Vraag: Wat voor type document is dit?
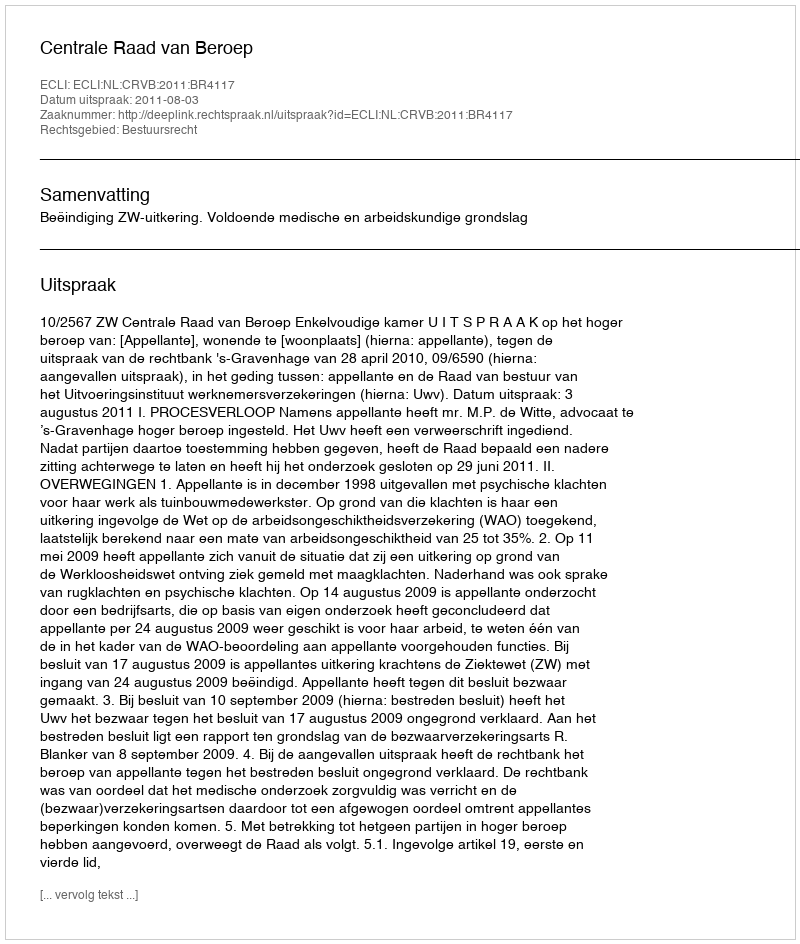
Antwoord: Uitspraak